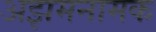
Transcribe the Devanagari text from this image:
अझमनामक